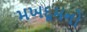
મખદૂમનો